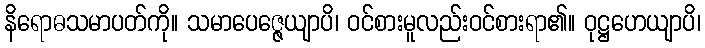
နိရောဓသမာပတ်ကို။ သမာပေဇ္ဇေယျာပိ၊ ဝင်စားမူလည်းဝင်စားရာ၏။ ဝုဋ္ဌဟေယျာပိ၊